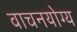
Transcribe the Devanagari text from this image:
वाचनयोग्य